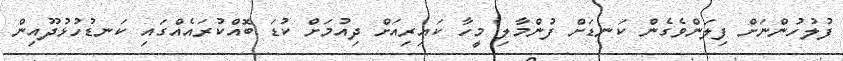
ފުލުހުންނަށް ފިލަންވެގެން ކަނޑަށް ފުންމާލި މީހާ ކައިރިއަށް ދިއުމަށް ކުޑަ ބޮއްކުރައެއްގައި ކަނޑުހުޅުދޫއިން